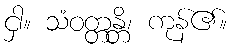
ငှါ။ သံဝတ္တန္တိ၊ ကုန်၏။